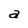
Character: a